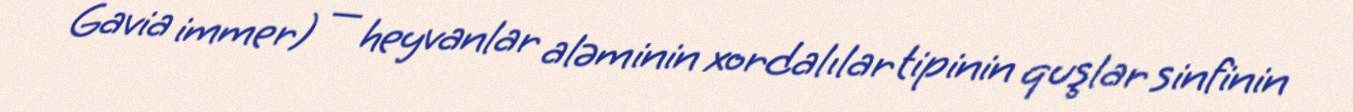
Gavia immer) — heyvanlar aləminin xordalılar tipinin quşlar sinfinin